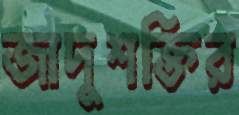
জাদুশক্তির